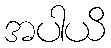
အပါယိ